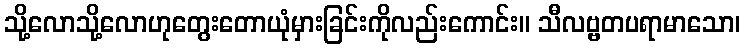
သို့လောသို့လောဟုတွေးတောယုံမှားခြင်းကိုလည်းကောင်း။ သီလဗ္ဗတပရာမာသော၊